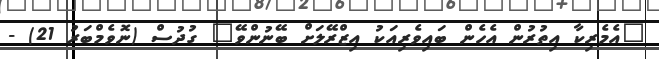
"އެމެރިކާ އިތުރުން އެހެން ބައިވެރިއަކު އިޒްރޭލަށް ބޭނުންވޭ" ގުދުސް (ނޮވެމްބަރު 21) -